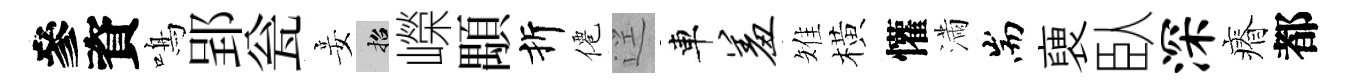
參資鳴郢瓮妾招嶸顒折僊逕車羞雉橫懽滿耑褏臥深瘠都